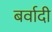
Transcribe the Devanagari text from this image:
बर्वादी